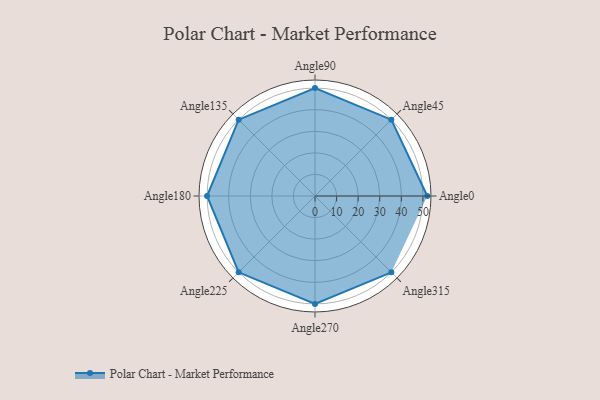
{"axis": {"x": "Angle", "y": "Radius"}, "legend": [""], "data": [{"x": "Angle0", "y": 52.0, "type": ""}, {"x": "Angle45", "y": 50, "type": ""}, {"x": "Angle90", "y": 50.0, "type": ""}, {"x": "Angle135", "y": 50, "type": ""}, {"x": "Angle180", "y": 50, "type": ""}, {"x": "Angle225", "y": 50, "type": ""}, {"x": "Angle270", "y": 50, "type": ""}, {"x": "Angle315", "y": 50.0, "type": ""}]}